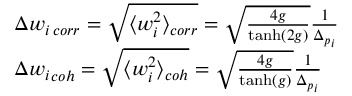
\begin{array} { r l } & { \Delta w _ { i \, c o r r } = \sqrt { \langle w _ { i } ^ { 2 } \rangle _ { c o r r } } = \sqrt { \frac { 4 g } { \operatorname { t a n h } ( 2 g ) } } \frac { 1 } { { \Delta _ { p } } _ { i } } } \\ & { \Delta { w _ { i } } _ { c o h } = \sqrt { \langle w _ { i } ^ { 2 } \rangle _ { c o h } } = \sqrt { \frac { 4 g } { \operatorname { t a n h } ( g ) } } \frac { 1 } { { \Delta _ { p } } _ { i } } } \end{array}